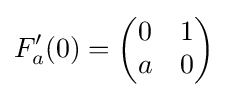
F_{a}'(0)={\begin{pmatrix}0&1\\a&0\end{pmatrix}}